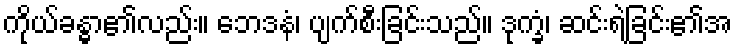
ကိုယ်ခန္ဓာ၏လည်း။ ဘေဒနံ၊ ပျက်စီးခြင်းသည်။ ဒုက္ခံ၊ ဆင်းရဲခြင်း၏အ